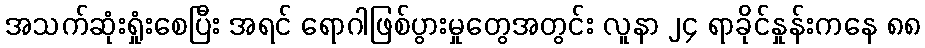
အသက်ဆုံးရှုံးစေပြီး အရင် ရောဂါဖြစ်ပွားမှုတွေအတွင်း လူနာ ၂၄ ရာခိုင်နှုန်းကနေ ၈၈